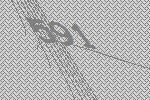
591